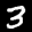
Label: 3